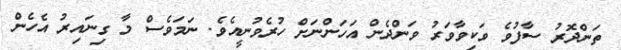
ތަންދޮރު ސާފުވެ ވަކިވާވަރު ވަންދެން އަހަންނަށް ހުރެވުނީއެވެ. ނަމަވެސް މާ ގިނައިރު އެހެން